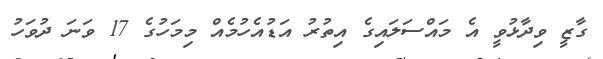
ގާޒީ ވިދާޅުވީ އެ މައްސަލައިގެ އިތުރު އަޑުއެހުމެއް މިމަހުގެ 17 ވަނަ ދުވަހު